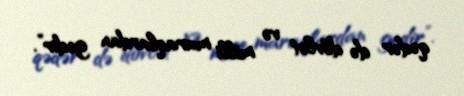
qədər də dövlət və milli maraqlardan gedir”.